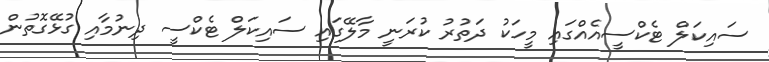
ސައިކަލް ޓެކްސީއެއްގައި މީހަކު ދަތުރު ކުރަނީ މާލޭގައި ސައިކަލް ޓެކްސީ ދިނުމާއި ގުޅޭގޮތުން